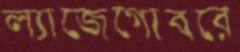
ল্যাজেগোবরে